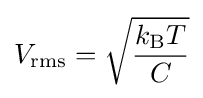
V_{\text{rms}}={\sqrt {k_{\text{B}}T \over C}}